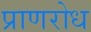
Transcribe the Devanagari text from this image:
प्राणरोध